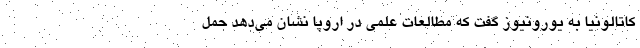
کاتالونیا به یورونیوز گفت که مطالعات علمی در اروپا نشان می‌دهد حمل